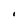
Character: i